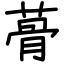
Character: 蓇